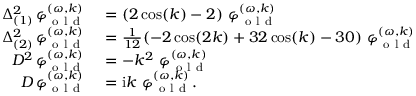
\begin{array} { r l } { \Delta _ { ( 1 ) } ^ { 2 } \, \varphi _ { \mathrm { ~ o ~ l ~ d ~ } } ^ { ( \omega , k ) } } & { { } = ( 2 \cos ( k ) - 2 ) \ \varphi _ { \mathrm { ~ o ~ l ~ d ~ } } ^ { ( \omega , k ) } } \\ { \Delta _ { ( 2 ) } ^ { 2 } \, \varphi _ { \mathrm { ~ o ~ l ~ d ~ } } ^ { ( \omega , k ) } } & { { } = \frac { 1 } { 1 2 } ( - 2 \cos ( 2 k ) + 3 2 \cos ( k ) - 3 0 ) \ \varphi _ { \mathrm { ~ o ~ l ~ d ~ } } ^ { ( \omega , k ) } } \\ { D ^ { 2 } \, \varphi _ { \mathrm { ~ o ~ l ~ d ~ } } ^ { ( \omega , k ) } } & { { } = - k ^ { 2 } \ \varphi _ { \mathrm { ~ o ~ l ~ d ~ } } ^ { ( \omega , k ) } } \\ { D \, \varphi _ { \mathrm { ~ o ~ l ~ d ~ } } ^ { ( \omega , k ) } } & { { } = \mathrm { i } k \ \varphi _ { \mathrm { ~ o ~ l ~ d ~ } } ^ { ( \omega , k ) } . } \end{array}